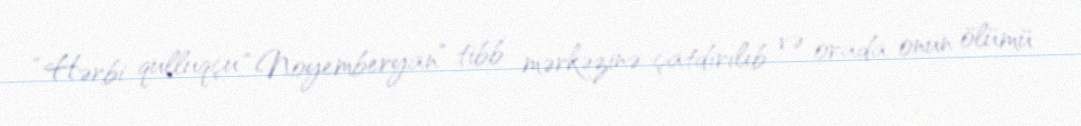
“Hərbi qulluqçu “Noyemberyan” tibb mərkəzinə çatdırılıb və orada onun ölümü